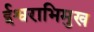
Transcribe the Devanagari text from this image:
ईश्वराभिमुख